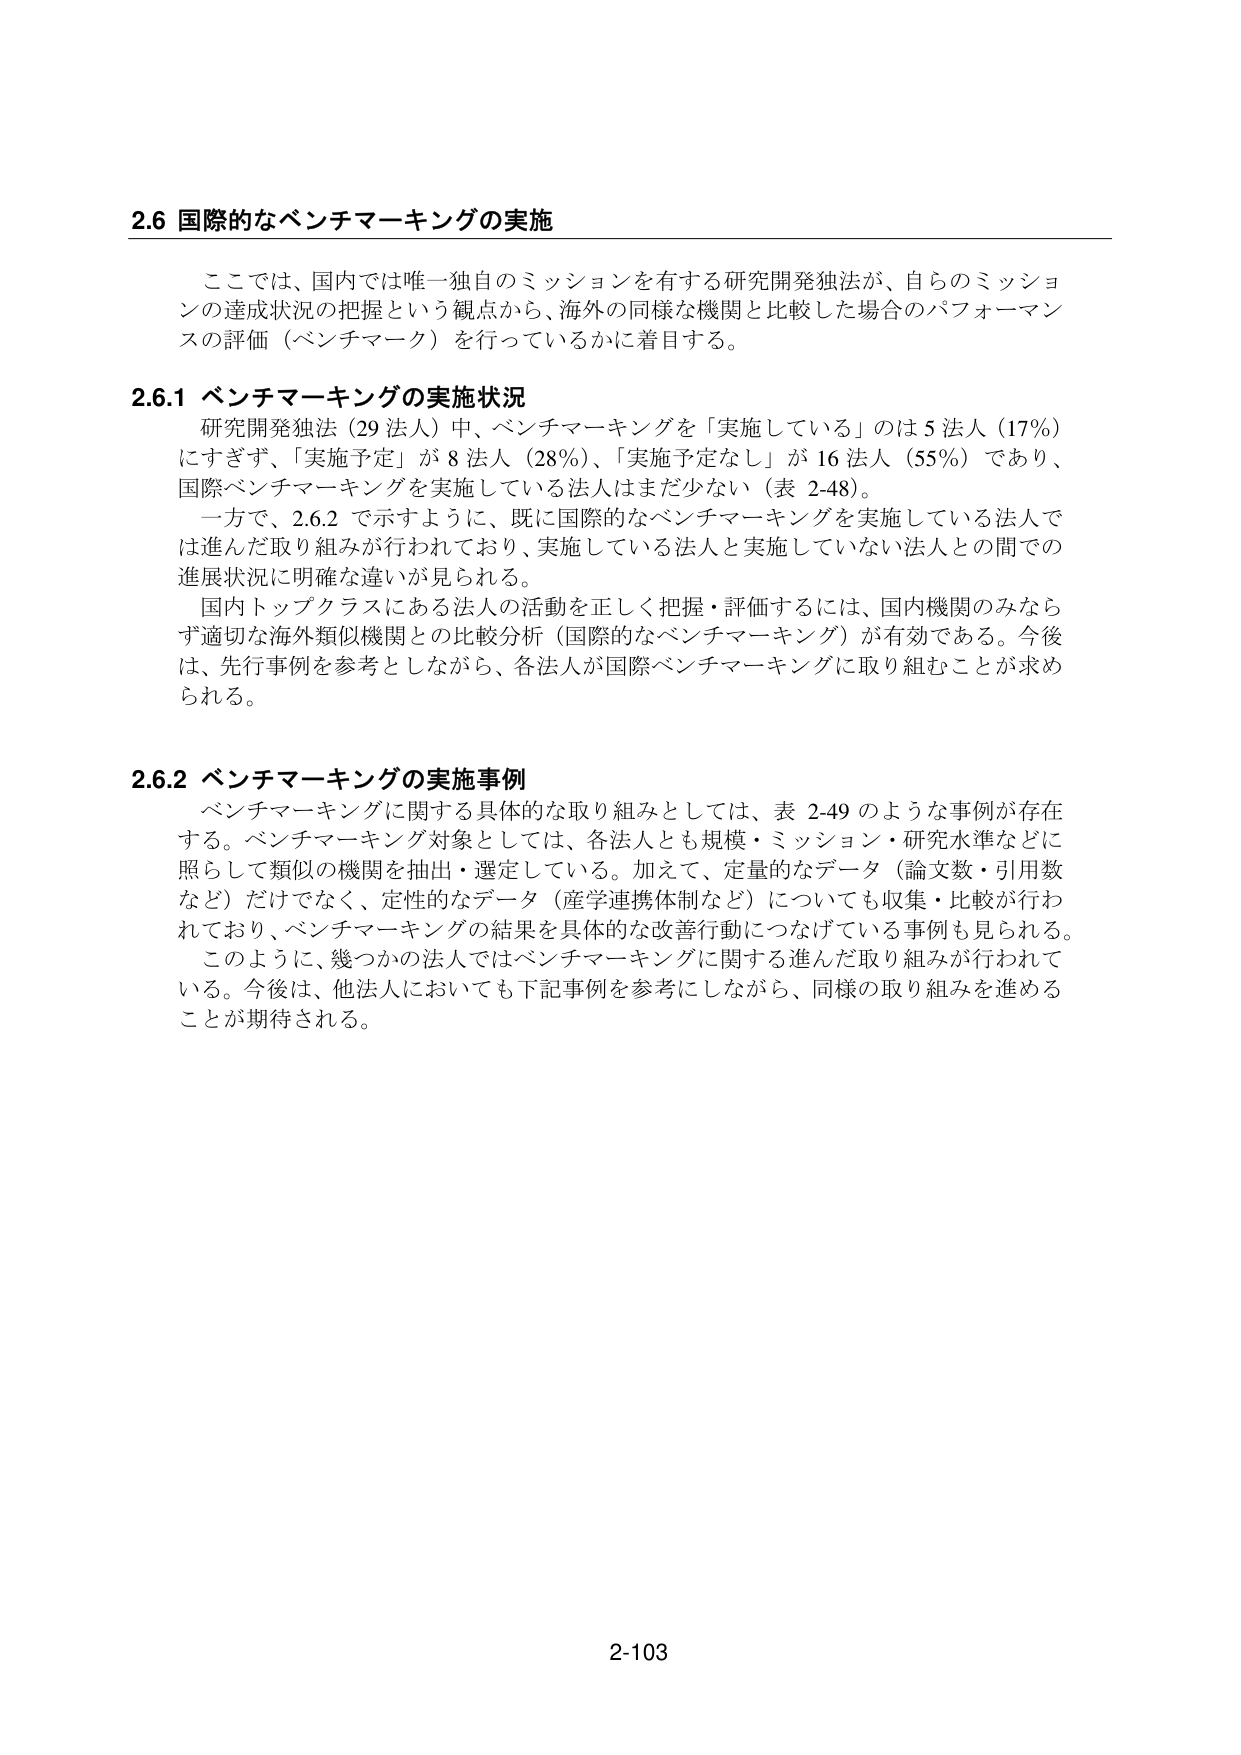
2.6 国際的なベンチマーキングの実施

ここでは、国内では唯一独自のミッションを有する研究開発独法が、自らのミッションの達成状況の把握という観点から、海外の同様な機関と比較した場合のパフォーマンスの評価（ベンチマーク）を行っているかに着目する。

2.6.1 ベンチマーキングの実施状況

研究開発独法（29 法人）中、ベンチマーキングを「実施している」のは 5 法人（17%）にすぎず、「実施予定」が 8 法人（28%）、「実施予定なし」が 16 法人（55%）であり、国際ベンチマーキングを実施している法人はまだ少ない（表 2-48）。

一方で、2.6.2 で示すように、既に国際的なベンチマーキングを実施している法人では進んだ取り組みが行われており、実施している法人と実施していない法人との間での進展状況に明確な違いが見られる。

国内トップクラスにある法人の活動を正しく把握・評価するには、国内機関のみならず適切な海外類似機関との比較分析（国際的なベンチマーキング）が有効である。今後は、先行事例を参考としながら、各法人が国際ベンチマーキングに取り組むことが求められる。

2.6.2 ベンチマーキングの実施事例

ベンチマーキングに関する具体的な取り組みとしては、表 2-49 のような事例が存在する。ベンチマーキング対象としては、各法人とも規模・ミッション・研究水準などに照らして類似の機関を抽出・選定している。加えて、定量的なデータ（論文数・引用数など）だけでなく、定性的なデータ（産学連携体制など）についても収集・比較が行われており、ベンチマーキングの結果を具体的な改善行動につなげている事例も見られる。

このように、幾つかの法人ではベンチマーキングに関する進んだ取り組みが行われている。今後は、他法人においても下記事例を参考にしながら、同様の取り組みを進めることが期待される。

2-103